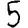
Digit: 5